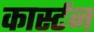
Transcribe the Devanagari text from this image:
कार्स्टन